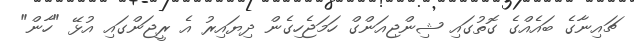
ޗައިނާގެ ބައެއްގެ ގޮތުގައި ޝިންޖިއަންގް ހަމަޖެހިގެން ދިޔައިރު އެ ރީޖަންގައި އުޅޭ "ހާން"